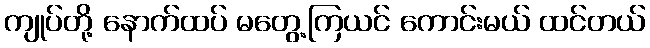
ကျုပ်တို့ နောက်ထပ် မတွေ့ကြယင် ကောင်းမယ် ထင်တယ်